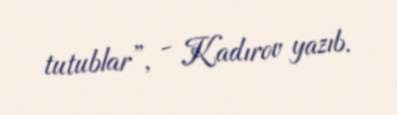
tutublar”, - Kadırov yazıb.